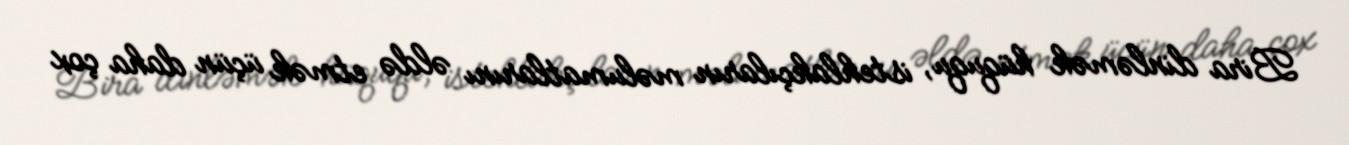
Bira dinləmək hüququ, istehlakçıların məlumatlarını əldə etmək üçün daha çox